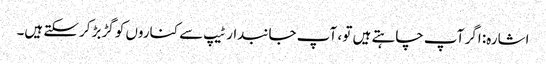
اشارہ: اگر آپ چاہتے ہیں تو ، آپ جانبدار ٹیپ سے کناروں کو گڑبڑ کرسکتے ہیں۔